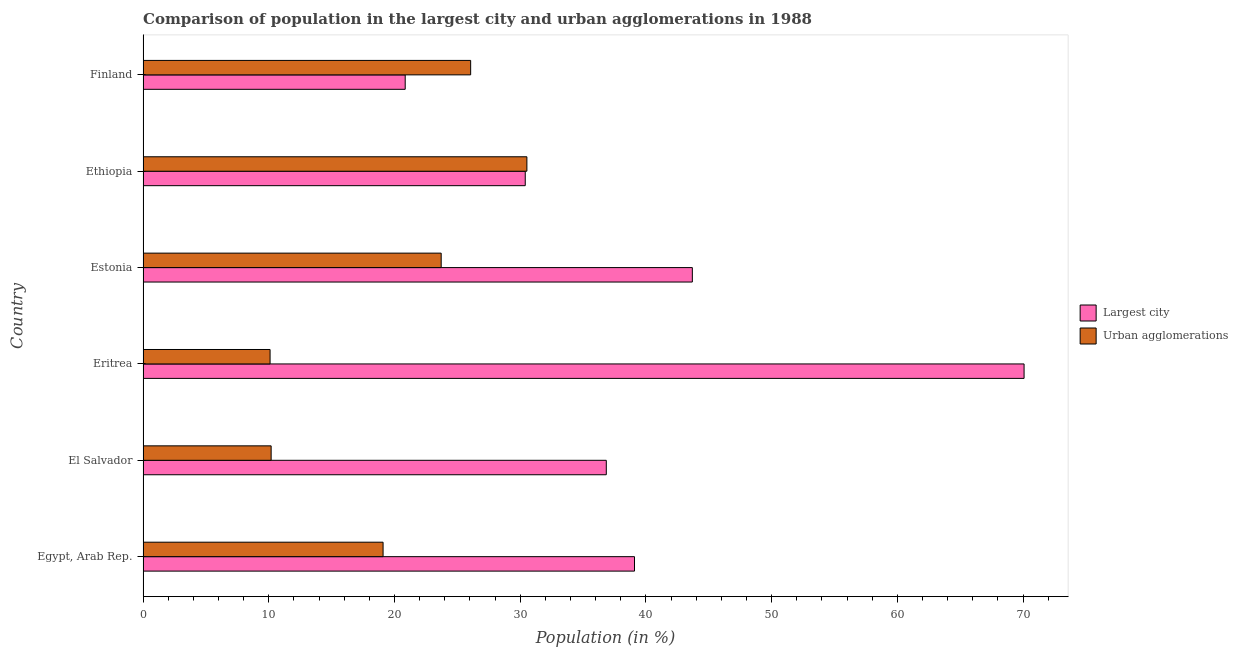
| Country | Largest city | Urban agglomerations |
 | --- | --- | --- |
 | Egypt, Arab Rep. | 39.1 | 19.1 |
 | El Salvador | 36.8 | 10.2 |
 | Eritrea | 70.1 | 10.1 |
 | Estonia | 43.7 | 23.7 |
 | Ethiopia | 30.4 | 30.5 |
 | Finland | 20.9 | 26.1 |